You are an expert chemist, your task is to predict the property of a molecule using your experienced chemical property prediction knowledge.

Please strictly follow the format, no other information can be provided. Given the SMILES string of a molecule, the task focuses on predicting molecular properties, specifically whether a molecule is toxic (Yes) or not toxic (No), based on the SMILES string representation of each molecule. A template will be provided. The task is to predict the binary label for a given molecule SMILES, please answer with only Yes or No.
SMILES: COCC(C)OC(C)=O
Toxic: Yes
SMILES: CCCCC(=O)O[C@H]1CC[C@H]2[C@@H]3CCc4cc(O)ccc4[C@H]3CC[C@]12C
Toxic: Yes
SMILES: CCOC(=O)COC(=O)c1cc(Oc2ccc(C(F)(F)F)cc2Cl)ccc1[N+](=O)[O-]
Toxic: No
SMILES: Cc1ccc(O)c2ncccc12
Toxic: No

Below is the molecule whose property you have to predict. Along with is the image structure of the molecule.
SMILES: COP(=O)(NC(C)=O)SC
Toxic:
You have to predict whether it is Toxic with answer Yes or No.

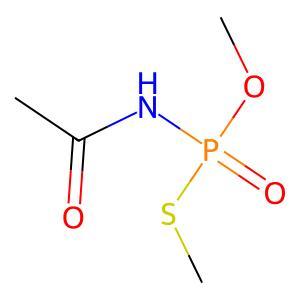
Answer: No